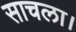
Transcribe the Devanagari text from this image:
साचला।